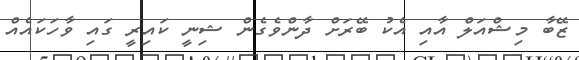
ޒޭބާ މިޝްއަލް އާއި އެކު ބޭރަށް ދާންވެގެން ޝިނީ ކައިރީ ގައި ވާހަކައެއް